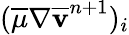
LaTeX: (\overline{{\mu}}\nabla\overline{{\mathbf v}}^{n+1})_{i}